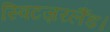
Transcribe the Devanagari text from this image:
स्विटज़रलैंड।